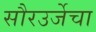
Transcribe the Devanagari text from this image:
सौरउर्जेचा